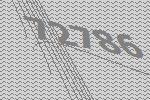
72786